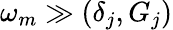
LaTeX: \omega_{m}\gg(\delta_{j},G_{j})